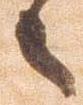
々